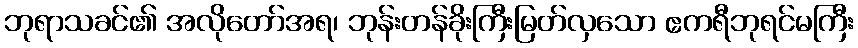
ဘုရာသခင်၏ အလိုတော်အရ၊ ဘုန်းတန်ခိုးကြီးမြတ်လှသော ဧကရီဘုရင်မကြီး